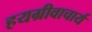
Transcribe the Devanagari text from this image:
हयग्रीवाचार्य